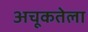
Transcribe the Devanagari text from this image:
अचूकतेला